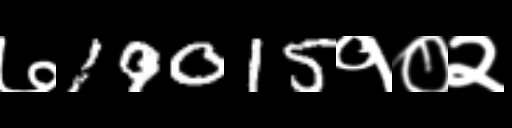
Text: ७19015१०२